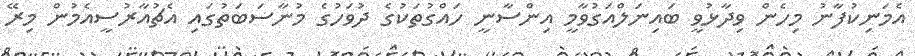
އެމަނިކުފާނު މިހެން ވިދާޅުވީ ބައިނަލްއަގުވާމީ އިންސާނީ ހައްގުތަކުގެ ދުވަހުގެ މުނާސަބަތުގައި އެޗުއާރުސީއެމުން މިރޭ